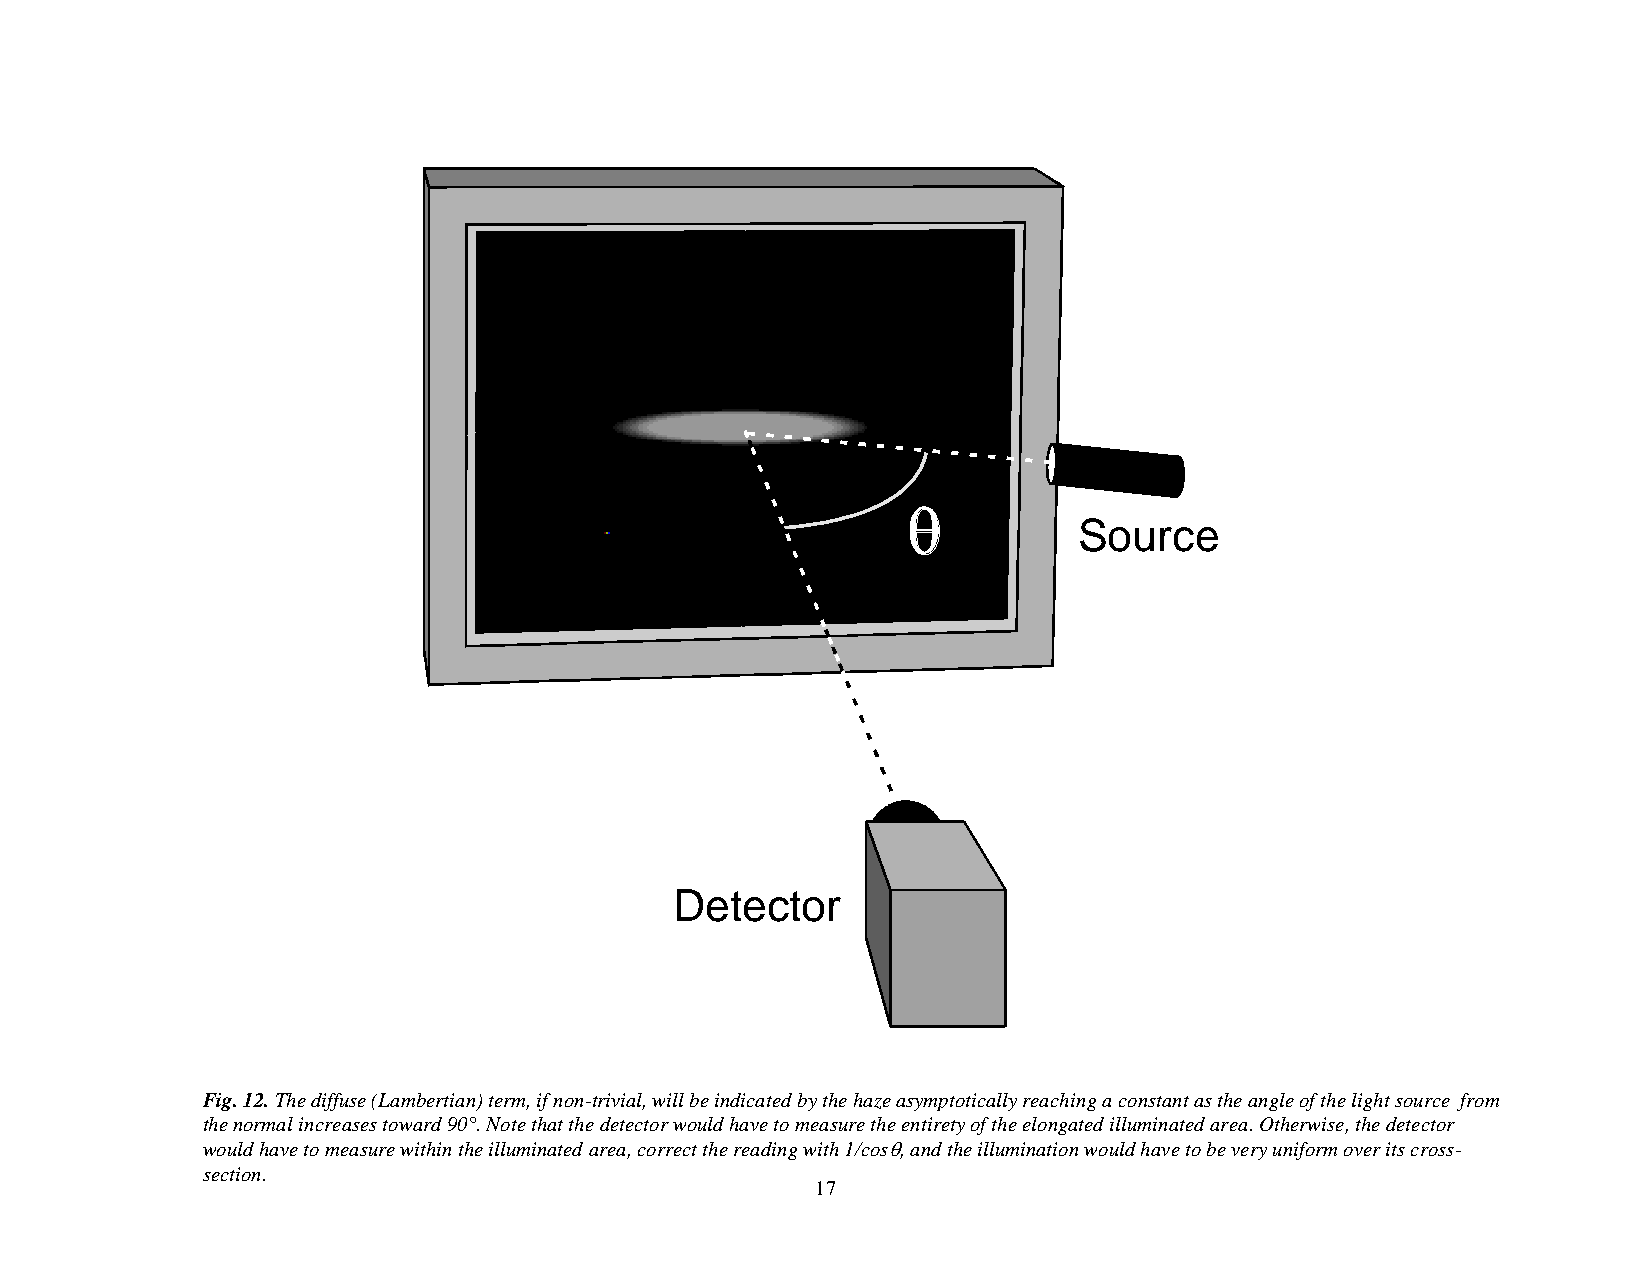
Source
 Detector
 Fig. 12. The diffuse (Lambertian) term, if non-trivial, will be indicated by the haze asymptotically reaching a constant as the angle of the light source from
 the normal increases toward 90°. Note that the detector would have to measure the entirety of the elongated illuminated area. Otherwise, the detector
 would have to measure within the illuminated area, correct the reading with 1/cos, and the illumination would have to be very uniform over its cross-
 section.
 17